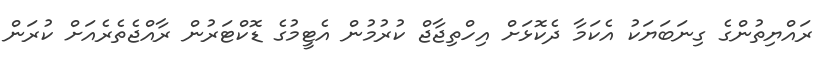
ރައްޔިތުންގެ ގިނަބަޔަކު އެކަމާ ދެކޮޅަށް އިހްތިޖާޖް ކުރުމުން އެޓީމުގެ ޑޮކްޓަރުން ރާއްޖެތެރެއަށް ކުރަން